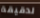
لدقيقة